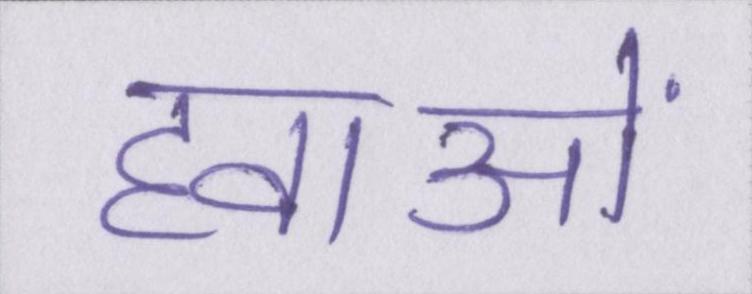
हवाओं